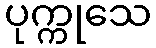
ပုက္ကုသေ